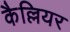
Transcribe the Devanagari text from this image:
कैल्लियर